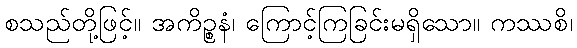
စသည်တို့ဖြင့်။ အကိဉ္စနံ၊ ကြောင့်ကြခြင်းမရှိသော။ ကဿစိ၊